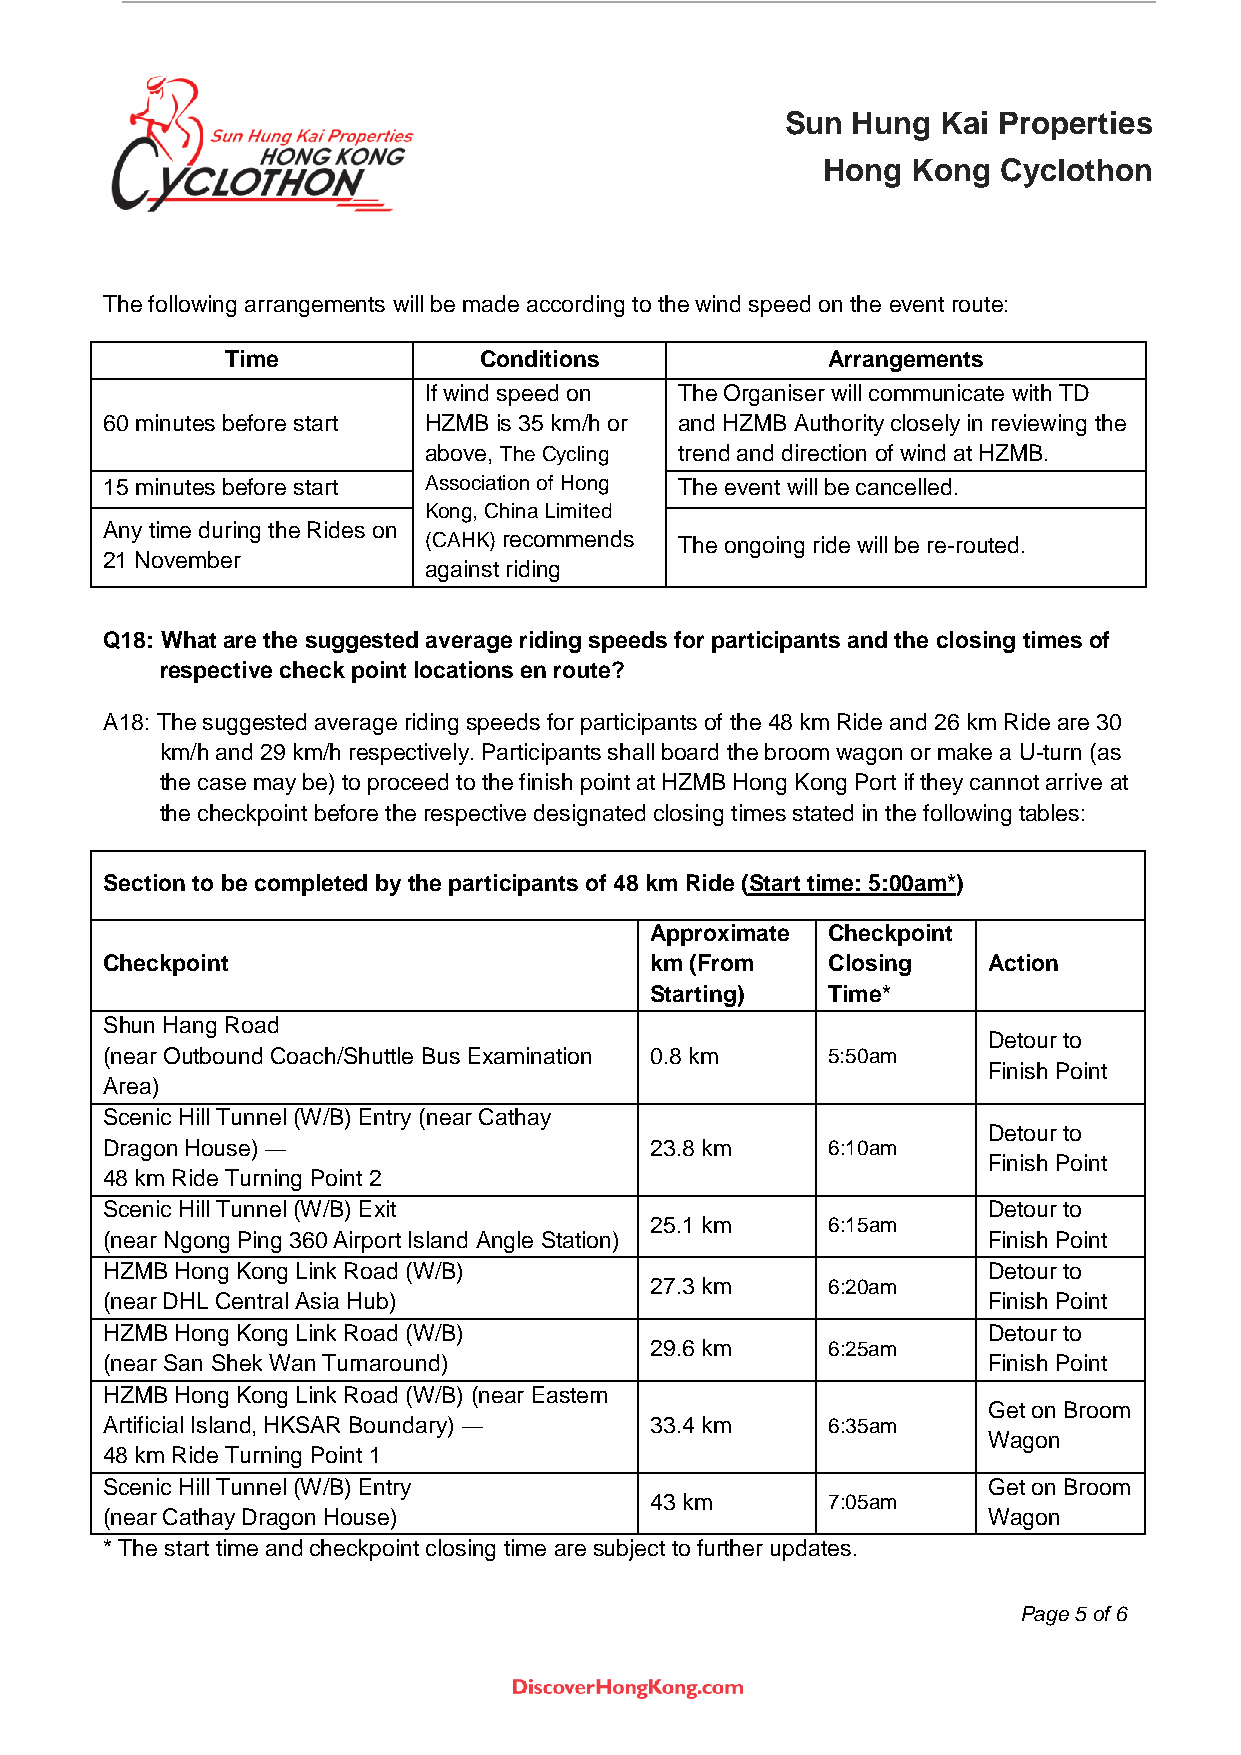
Sun Hung  Kai Properties
 Hong  Kong  Cyclothon
 The following arrangements will be made according to the wind speed on the event route:
 Time             Conditions             Arrangements
 If wind speed on The Organiser will communicate with TD
 60 minutes before start HZMB is 35 km/h or and HZMB Authority closely in reviewing the
 above, The Cycling trend and direction of wind at HZMB.
 15 minutes before start Association of Hong The event will be cancelled.
 Kong, China Limited
 Any time during the Rides on
 (CAHK) recommends The ongoing ride will be re-routed.
 21 November
 against riding
 Q18: What are the suggested average riding speeds for participants and the closing times of
 respective check point locations en route?
 A18: The suggested average riding speeds for participants of the 48 km Ride and 26 km Ride are 30
 km/h and 29 km/h respectively. Participants shall board the broom wagon or make a U-turn (as
 the case may be) to proceed to the finish point at HZMB Hong Kong Port if they cannot arrive at
 the checkpoint before the respective designated closing times stated in the following tables:
 Section to be completed by the participants of 48 km Ride (Start time: 5:00am*)
 Approximate Checkpoint
 Checkpoint                          km (From    Closing   Action
 Starting)   Time*
 Shun Hang Road
 Detour to
 (near Outbound Coach/Shuttle Bus Examination 0.8 km 5:50am
 Finish Point
 Area)
 Scenic Hill Tunnel (W/B) Entry (near Cathay
 Detour to
 Dragon House) —                     23.8 km     6:10am
 Finish Point
 48 km Ride Turning Point 2
 Scenic Hill Tunnel (W/B) Exit                             Detour to
 25.1 km     6:15am
 (near Ngong Ping 360 Airport Island Angle Station)        Finish Point
 HZMB Hong Kong Link Road (W/B)                            Detour to
 27.3 km     6:20am
 (near DHL Central Asia Hub)                               Finish Point
 HZMB Hong Kong Link Road (W/B)                            Detour to
 29.6 km     6:25am
 (near San Shek Wan Turnaround)                            Finish Point
 HZMB Hong Kong Link Road (W/B) (near Eastern
 Get on Broom
 Artificial Island, HKSAR Boundary) — 33.4 km    6:35am
 Wagon
 48 km Ride Turning Point 1
 Scenic Hill Tunnel (W/B) Entry                            Get on Broom
 43 km       7:05am
 (near Cathay Dragon House)                                Wagon
 * The start time and checkpoint closing time are subject to further updates.
 Page 5 of 6